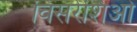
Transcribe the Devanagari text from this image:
विसरेशिओ